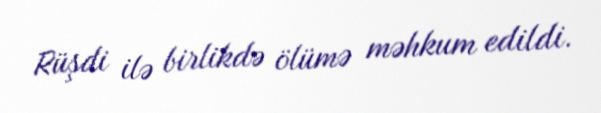
Rüşdi ilə birlikdə ölümə məhkum edildi.